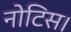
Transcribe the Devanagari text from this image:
नोटिस।